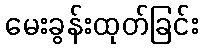
မေးခွန်းထုတ်ခြင်း